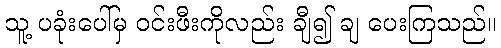
သူ့ ပခုံးပေါ်မှ ဝင်းဖီးကိုလည်း ချီ၍ ချ ပေးကြသည်။